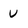
Character: U